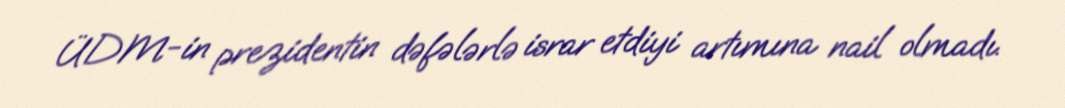
ÜDM-in prezidentin dəfələrlə israr etdiyi artımına nail olmadı.